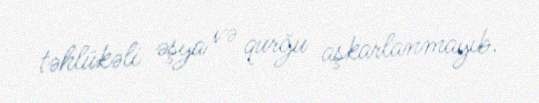
təhlükəli əşya və qurğu aşkarlanmayıb.